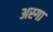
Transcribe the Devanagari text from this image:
अस्गा